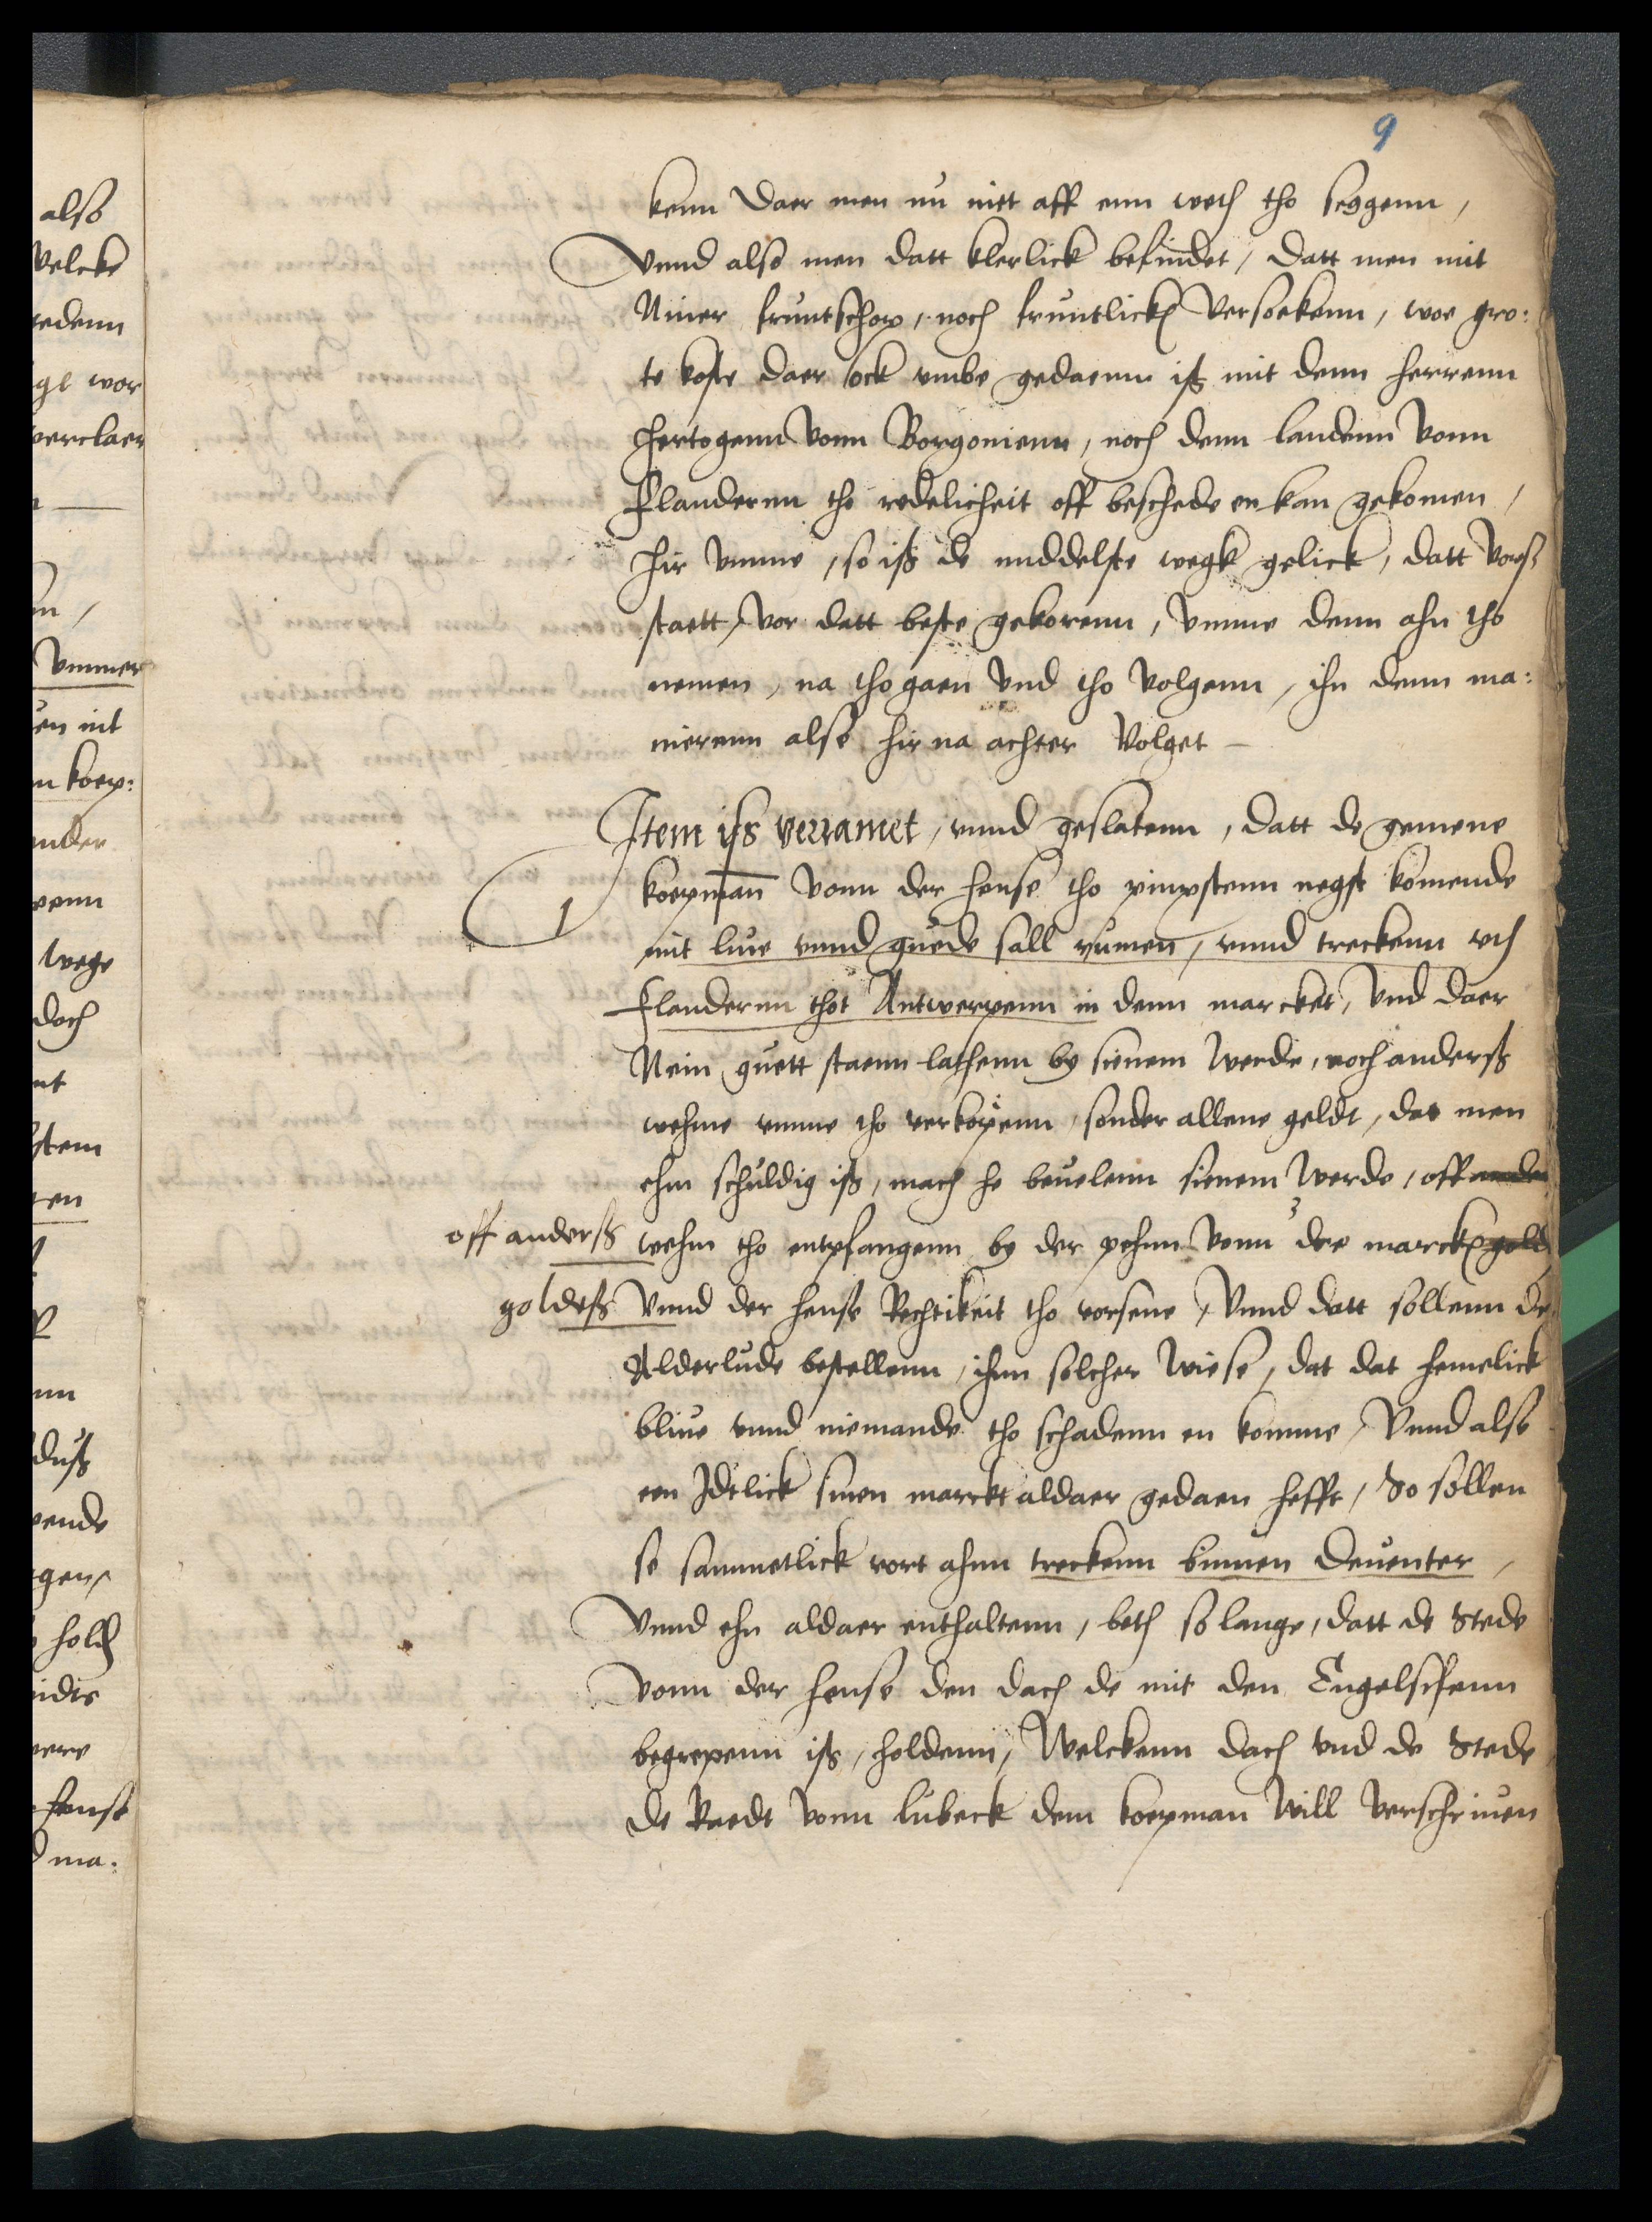
kenn daer men nu niet aff enn wech tho seggenn,
vnnd also men datt klerlick befindet, datt men mit
Mier fruntschop, noch fruntlickem vorsokenn, woe gro¬
te koste daer ock vmbe gedaenn iß mit denn herrenn
hertogenn vonn Borgonienn, noch denn landenn vonn
Flandernn tho redelicheit off beschede en kan gekomen,
hir vmme, so iß de middelste wegk gelick, datt vorscreuen
staett, vor datt beste gekoremen, vmme denn ahn tho
nemen, na tho gaen vnd tho volgenn, ihn denn ma¬
nierenn alse hir na achter volget

Item iss verramet, vnnd geslatenn, datt de gemene
koepmann vonn der hense tho pinxstenn negst komende
mit liue vnnd guede sall rumen, vnnd treckenn vth
Flandernn thot Antwerpenn in denn marcket, vnd daer
Nein guett staenn lathenn by sienem werde, noch anderß
wehme vmme tho verkopenn, sonder allene geldt, dat men
ehm schuldig iß, mach he beuelenn sienem werde, off ander
off anderß
wehn tho entpfangenn by der pehnn vonn dre marckes gold
vnnd der hanse Rechtikeit tho vorsene, vnnd datt soll einn de
goldeß
Alderlude bestellen, ihm solcher wiese, dat dat hemelick
bliue vnnd nemande tho schadenn en komme, vnnd alse
een Jdtlick sinen marckt aldaer gedaen hefft, So sollen
so sammetlick vort ahnn treckenn binnen Deuenter,
vnnd ehn aldaer enthalten, beth so lange, datt de Stede
vonn der hense den dach de mit den Engelschenn
begrepenn iß, holdenn, Welckenn dach vnd de Stede
de Raedt vonn Lubeck dem koepman Will verschriuen